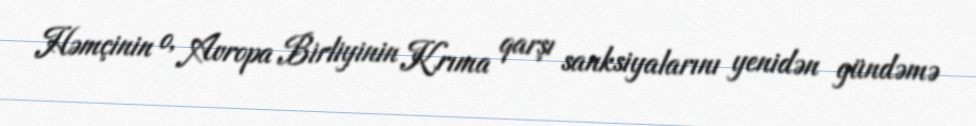
Həmçinin o, Avropa Birliyinin Krıma qarşı sanksiyalarını yenidən gündəmə